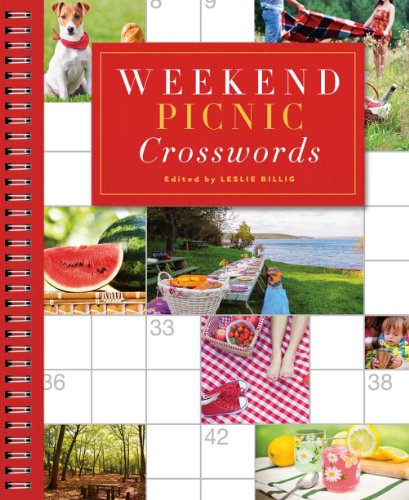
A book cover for Weekend Picnic Crosswords; Humor & Entertainment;